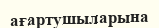
ағартушыларына